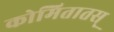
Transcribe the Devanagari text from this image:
कोमितातस्